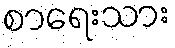
စာရေးသား